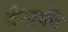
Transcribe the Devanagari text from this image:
वैताकी